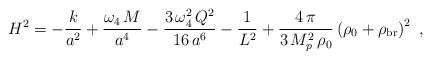
LaTeX: \begin{align*}H^2 = - \frac{k}{a^2} + \frac{\omega_4 \, M}{a^4} - \frac{3\,\omega_4^2\,Q^2}{16\,a^6} - \frac{1}{L^2} + \frac{4 \, \pi}{3 \, M_p^2 \, \rho_0} \left( \rho_0 + \rho_{\rm br} \right)^2 \,\,,\end{align*}